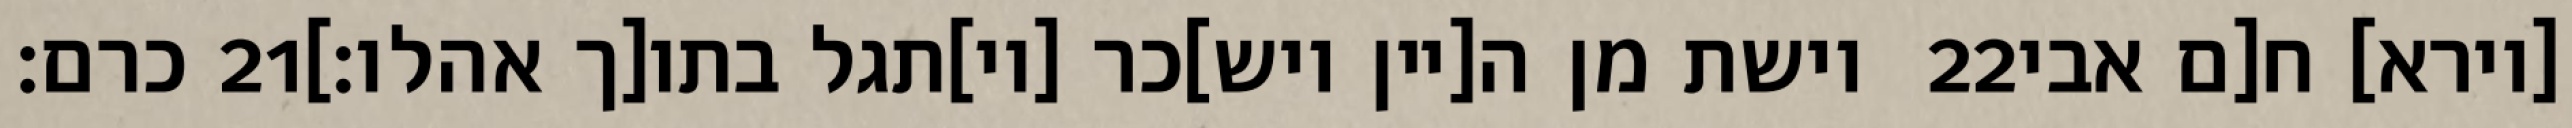
כרם׃ ‎21‏ וישת מן ה[יין ויש]כר [וי]תגל בתו[ך אהלו׃] ‎22‏ [וירא] ח[ם אבי